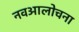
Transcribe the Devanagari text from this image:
नवआलोचना